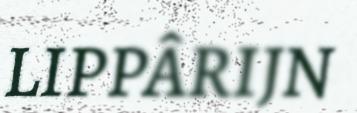
LIPPÂRIJN